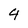
Character: 4